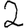
Digit: 2